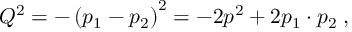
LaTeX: Q ^ { 2 } = - \left( p _ { 1 } - p _ { 2 } \right) ^ { 2 } = - 2 p ^ { 2 } + 2 p _ { 1 } \cdot p _ { 2 } \; ,